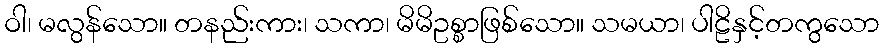
ဝါ၊ မလွန်သော။ တနည်းကား၊ သကာ၊ မိမိဥစ္စာဖြစ်သော။ သမယာ၊ ပါဠိနှင့်တကွသော